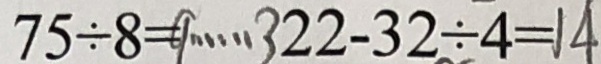
7 5 \div 8 = 9 \cdots 3 2 2 - 3 2 \div 4 = 1 4